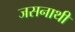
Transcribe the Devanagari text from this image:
जसनाथी